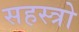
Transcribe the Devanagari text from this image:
सहस्त्रो